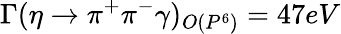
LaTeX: \Gamma(\eta\to\pi^{+}\pi^{-}\gamma)_{O(P^{6})}=47eV